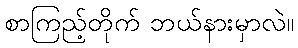
စာကြည့်တိုက် ဘယ်နားမှာလဲ။